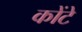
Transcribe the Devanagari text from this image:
कोंटे